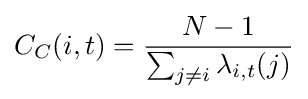
C_{C}(i,t)={\frac {N-1}{\sum _{j\not =i}{\lambda _{i,t}(j)}}}